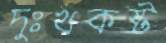
দুঃখকষ্ট